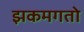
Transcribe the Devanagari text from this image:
झकमगतो